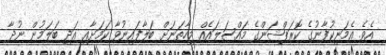
އެވެ. އެމަނިކުފާނުގެ ކޮރަޕްޝަންގެ މައްސަލައެއް މިހާތަނަށް ބަލާފައިނުވާ ކަމަށާއި އަދި ބަލަމުން ނުދާ